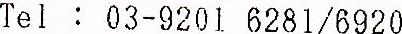
TEL : 03-9201 6281/6920